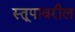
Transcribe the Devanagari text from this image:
स्तूपावरील